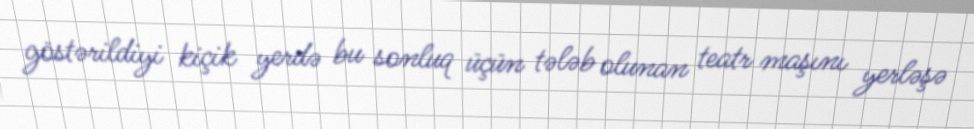
göstərildiyi kiçik yerdə bu sonluq üçün tələb olunan teatr maşını yerləşə